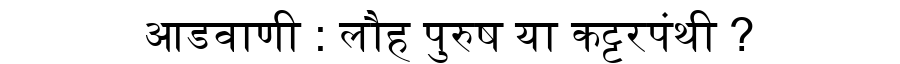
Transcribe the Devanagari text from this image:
आडवाणी : लौह पुरुष या कट्टरपंथी ?